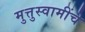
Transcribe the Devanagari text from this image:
मुत्तुस्वामींचे